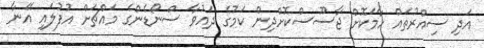
އަދި ސިއްރުތައް ހާމަކޮށް ޖާސޫސްކޮށްދިން ކަމުގެ ދައުވާ ސްނޯޑެންގެ މައްޗަށް އުފުލައި އޭނާ